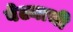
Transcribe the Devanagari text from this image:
वेढ्याची